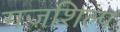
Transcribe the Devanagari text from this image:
गजशिल्प